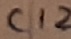
Text: C12